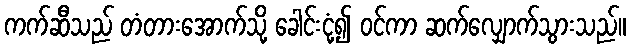
ကက်ဆီသည် တံတားအောက်သို့ ခေါင်းငုံ့၍ ဝင်ကာ ဆက်လျှောက်သွားသည်။